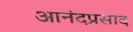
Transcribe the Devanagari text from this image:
आनंदप्रसाद